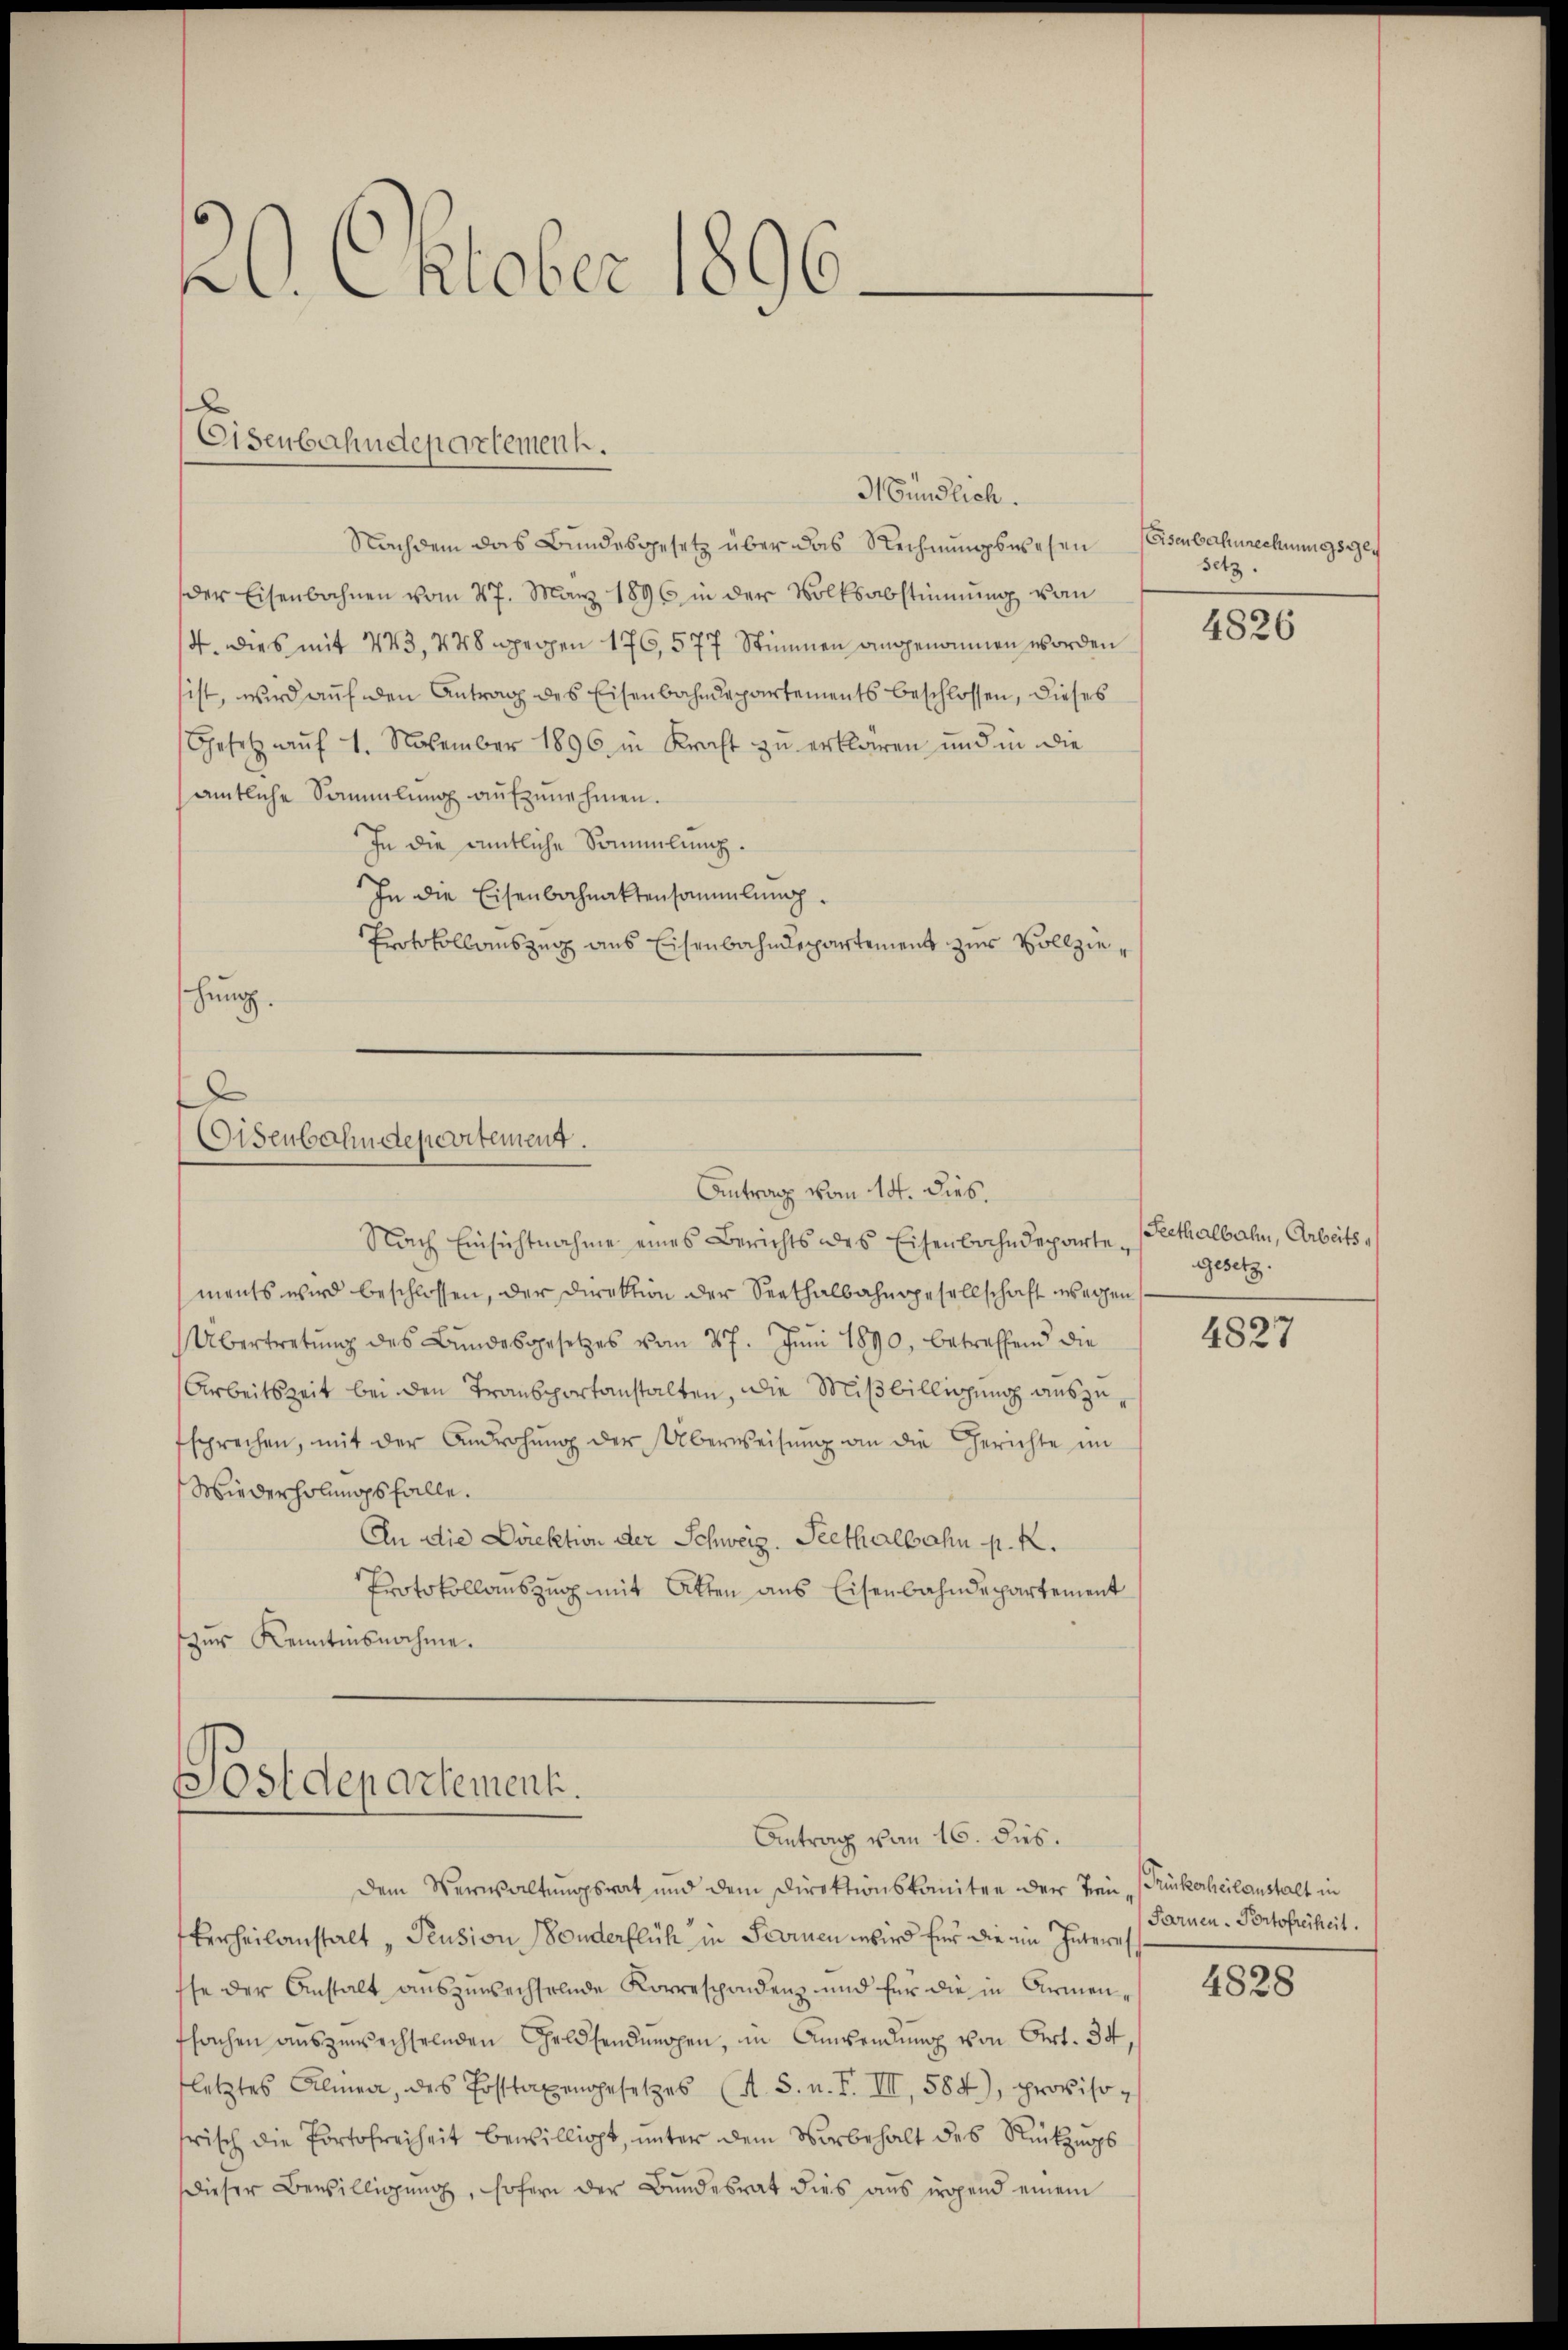
21. Oktober 1896.

Eisenbahndepartement.

Mündlich.
Nachdem das Bundesgesetz über das Rechnungswesen
der Eisenbahnen vom 27. März 1896 in der Volksabstimmung vom
14. Dies mit 443, 448 wegen 176, 577 Stimmen angenommen worden
sist, wird auf den Antrag des Eisenbahndepartements beschlossen, dieses
Gesetz auf 1. November 1896 in Kraft zu erklären und in die
amtliche Sammlung aŭfzŭnehmen.
In die amtliche Sammlung.
In die Eisenbahnaktensammlung.
Protokollauszug aus Eisenbahndepartement zur Vollziehung.

Eisenbahndepartement.
Antrag vom 14. dies.

Nach Einsichtnahme eines Berichts des Eisenbahndeparten gesetz
ments wird beschlossen, der Direktion der Seethalbahngesellschaft wegen
Übertretŭng des Bŭndesgesetzes vom 27. Jŭni 1890, betreffend die
Arbeitszeit bei den Transportanstalten, die Mißbilligung auszufsprechen, mit der Androhŭng der Überweisŭng an die Gerichte im
Wiederholungsfalle.
An die Direktion der Schweiz. Peethalbahn p. K.
Protokollauszug mit Atten aus Eisenbahndepartement
zur Kenntnisnahme.

Postdepartement.
Antrag vom 16. dies.

eisenbahnrechnungsgeg
setz.

Dem Verwaltungsrat und dem Direktionskomitee der Tren-Prückerheilanstalt in
verheilanstalt "Pension, sonderflich in Formen wird für die im Interes
sse der Anstalt auszuwechselnde Korrespondenz und für die in Armenffachen auszuwechselnden Geldsendungen, in Anwendung von Art. 34,
letztes Alinea, des Posttaxengesetzes (s. S. n. F. III, 584), provisofrisch die Portofreiheit bewilligt, unter dem Vorbehalt des Rückzugs
ieser Bewilligŭng, sofern der Bundesrat dies aus irgend einem

4826

Seethalbahn, Arbeits¬

4827

Farnen-Portofreiheit.

4828